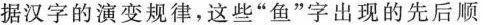
据汉字的演变规律，这些”鱼”字出现的先后顺